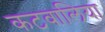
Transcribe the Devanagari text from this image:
कटवालिया